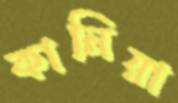
কানিয়া